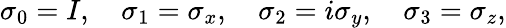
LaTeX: \sigma_{0}=I,\quad\sigma_{1}=\sigma_{x},\quad\sigma_{2}=i\sigma_{y},\quad\sigma_{3}=\sigma_{z},